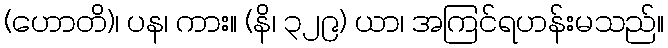
(ဟောတိ)၊ ပန၊ ကား။ (နိ၊ ၃၂၉) ယာ၊ အကြင်ရဟန်းမသည်။